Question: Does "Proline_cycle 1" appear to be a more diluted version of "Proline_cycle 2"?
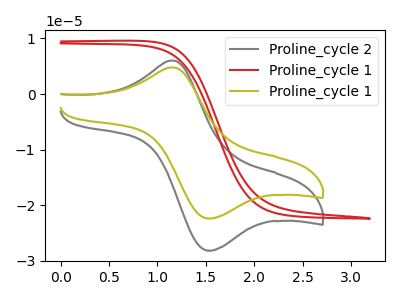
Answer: <think>The gray curve "Proline_cycle 2" has an anodic peak at (1.15V, 6.05uA) and a cathodic peak at (1.55V, -28.15uA). The red curve "Proline_cycle 1" has no peaks. The olive curve "Proline_cycle 1" has an anodic peak at (1.15V, 4.80uA) and a cathodic peak at (1.55V, -22.35uA).
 All the peaks in "Proline_cycle 1" have a peak in "Proline_cycle 2" at the same potential. Every peak in "Proline_cycle 1" is lower than every peak in "Proline_cycle 2".</think>
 <answer>"Proline_cycle 1" has less signal than "Proline_cycle 2" and so likely has a lower concentration.</answer>
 <eval>less_concentration</eval>